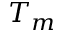
T _ { m }